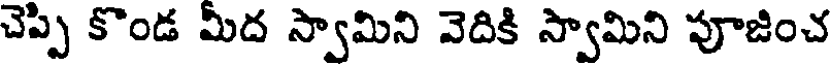
చెప్పి కొండ మీద స్వామిని వెదికి స్వామిని పూజించ